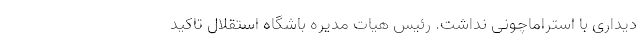
دیداری با استراماچونی نداشت. رئیس هیات مدیره باشگاه استقلال تاکید